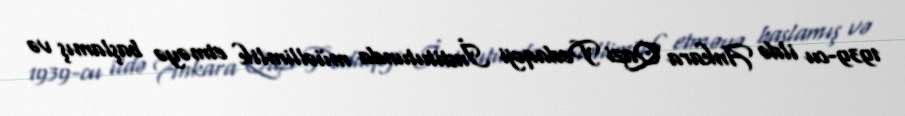
1939-cu ildə Ankara Qazi Pedaqoji İnstitutunda müəllimlik etməyə başlamış və